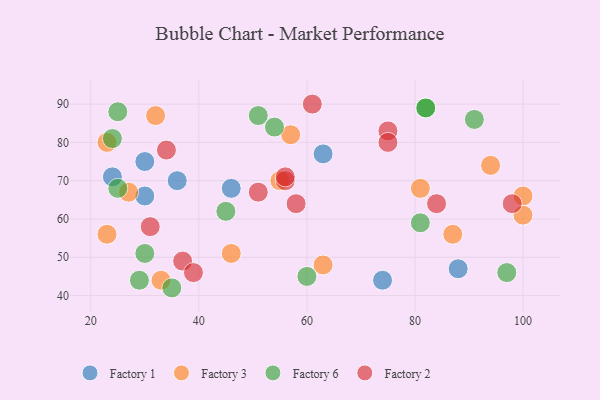
{"axis": {"x": "GDP", "y": "Life Expectancy"}, "legend": ["Factory 1", "Factory 2", "Factory 3", "Factory 6"], "data": [{"x": "88", "y": 47, "type": "Factory 1"}, {"x": "30", "y": 66, "type": "Factory 1"}, {"x": "24", "y": 71, "type": "Factory 1"}, {"x": "63", "y": 77, "type": "Factory 1"}, {"x": "36", "y": 70, "type": "Factory 1"}, {"x": "30", "y": 75, "type": "Factory 1"}, {"x": "74", "y": 44, "type": "Factory 1"}, {"x": "46", "y": 68, "type": "Factory 1"}, {"x": "27", "y": 67, "type": "Factory 3"}, {"x": "100", "y": 66, "type": "Factory 3"}, {"x": "100", "y": 61, "type": "Factory 3"}, {"x": "94", "y": 74, "type": "Factory 3"}, {"x": "63", "y": 48, "type": "Factory 3"}, {"x": "57", "y": 82, "type": "Factory 3"}, {"x": "23", "y": 56, "type": "Factory 3"}, {"x": "87", "y": 56, "type": "Factory 3"}, {"x": "46", "y": 51, "type": "Factory 3"}, {"x": "55", "y": 70, "type": "Factory 3"}, {"x": "32", "y": 87, "type": "Factory 3"}, {"x": "33", "y": 44, "type": "Factory 3"}, {"x": "81", "y": 68, "type": "Factory 3"}, {"x": "23", "y": 80, "type": "Factory 3"}, {"x": "35", "y": 42, "type": "Factory 6"}, {"x": "97", "y": 46, "type": "Factory 6"}, {"x": "25", "y": 88, "type": "Factory 6"}, {"x": "91", "y": 86, "type": "Factory 6"}, {"x": "25", "y": 68, "type": "Factory 6"}, {"x": "51", "y": 87, "type": "Factory 6"}, {"x": "82", "y": 89, "type": "Factory 6"}, {"x": "81", "y": 59, "type": "Factory 6"}, {"x": "45", "y": 62, "type": "Factory 6"}, {"x": "82", "y": 89, "type": "Factory 6"}, {"x": "29", "y": 44, "type": "Factory 6"}, {"x": "30", "y": 51, "type": "Factory 6"}, {"x": "54", "y": 84, "type": "Factory 6"}, {"x": "24", "y": 81, "type": "Factory 6"}, {"x": "60", "y": 45, "type": "Factory 6"}, {"x": "34", "y": 78, "type": "Factory 2"}, {"x": "84", "y": 64, "type": "Factory 2"}, {"x": "37", "y": 49, "type": "Factory 2"}, {"x": "98", "y": 64, "type": "Factory 2"}, {"x": "61", "y": 90, "type": "Factory 2"}, {"x": "31", "y": 58, "type": "Factory 2"}, {"x": "75", "y": 83, "type": "Factory 2"}, {"x": "39", "y": 46, "type": "Factory 2"}, {"x": "51", "y": 67, "type": "Factory 2"}, {"x": "56", "y": 70, "type": "Factory 2"}, {"x": "75", "y": 80, "type": "Factory 2"}, {"x": "58", "y": 64, "type": "Factory 2"}, {"x": "56", "y": 71, "type": "Factory 2"}]}